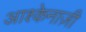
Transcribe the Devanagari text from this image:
आश्केनाज़ी